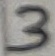
Text: 3